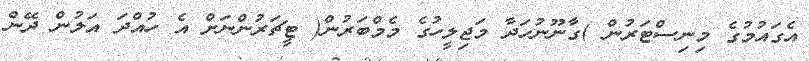
އެގައުމުގެ މިނިސްޓަރުން )ގާނޫނުހަދާ މަޖިލީހުގެ މެމްބަރުން( ޓީޗަރުންނަށް އެ ހުއްދަ އަލުން ދޭން